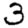
Digit: 3